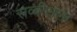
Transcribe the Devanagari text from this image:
सव्वीसला